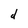
Character: d